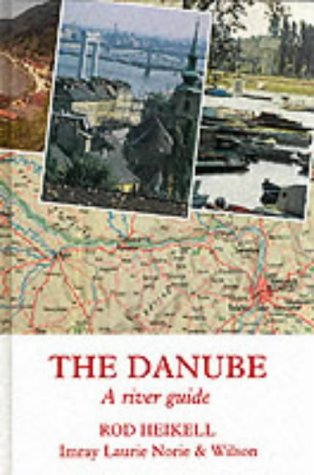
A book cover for The Danube: A River Guide; Rod Heikell; Travel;